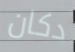
دكان